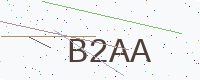
Text: B2AA